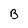
Character: B